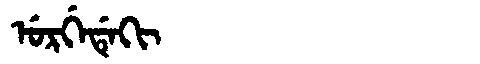
Manchu: ᡠᡵᡤᡝᡩᡝᡴᡳ
Romanization: URGEDEKI